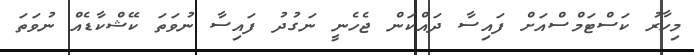
މިހާރު ކަސްޓަމްސްއަށް ފައިސާ ދައްކަން ޖެހެނީ ނަގުދު ފައިސާ ނުވަތަ ކޭޝްކާޑެއް ނުވަތަ